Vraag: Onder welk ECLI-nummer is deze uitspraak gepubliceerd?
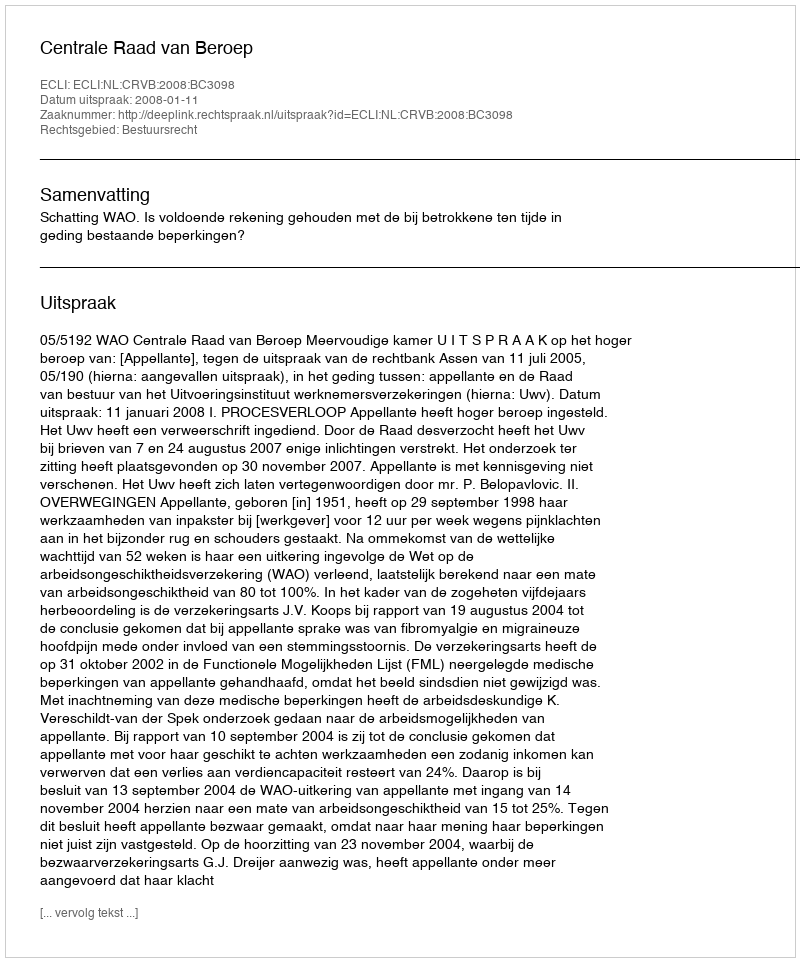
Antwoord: ECLI:NL:CRVB:2008:BC3098